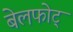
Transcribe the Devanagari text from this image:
बेलफोट्